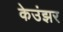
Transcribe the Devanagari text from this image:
केउंझर